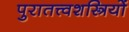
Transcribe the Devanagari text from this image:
पुरातत्त्वशस्त्रियों